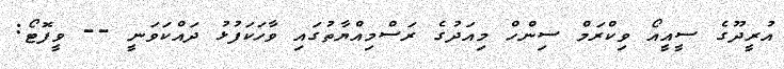
އުރީދޫގެ ސީއީއޯ ވިކްރަމް ސިންހް މިއަދުގެ ރަސްމިއްޔާތުގައި ވާހަކަފުޅު ދައްކަވަނީ -- ވީފޮޓޯ: